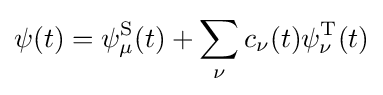
\psi (t)=\psi _{\mu }^{\text{S}}(t)+\sum _{\nu }c_{\nu }(t)\psi _{\nu }^{\text{T}}(t)